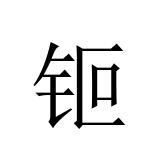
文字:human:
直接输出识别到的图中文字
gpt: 钷